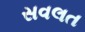
સવલત